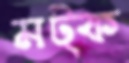
মট্‌ক